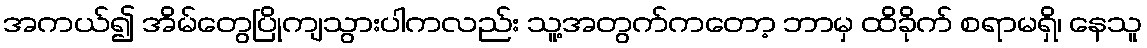
အကယ်၍ အိမ်တွေပြိုကျသွားပါကလည်း သူ့အတွက်ကတော့ ဘာမှ ထိခိုက် စရာမရှိ၊ နေသူ